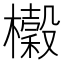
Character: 𭬨